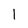
Character: 1